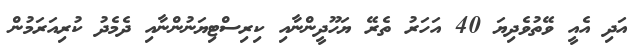
އަދި އެއީ ވޭތުވެދިޔަ 40 އަހަރު ތެރޭ ޔަހޫދީންނާއި ކިރިސްޓިޔަނުންނާއި ދެމެދު ކުރިއަރަމުން